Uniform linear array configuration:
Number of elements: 64
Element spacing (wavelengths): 1
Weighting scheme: hamming
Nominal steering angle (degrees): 60
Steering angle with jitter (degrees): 61.097
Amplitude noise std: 0.05
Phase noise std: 0.05

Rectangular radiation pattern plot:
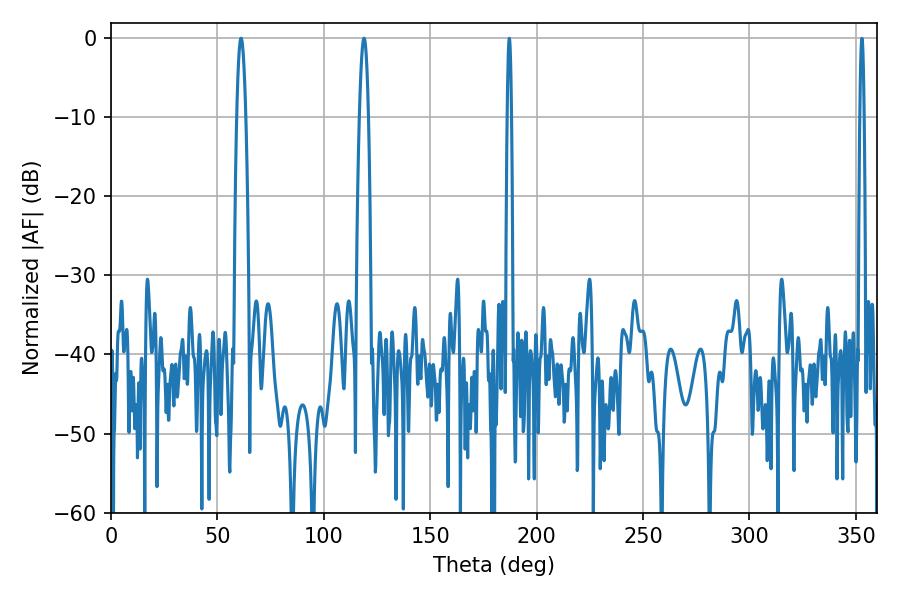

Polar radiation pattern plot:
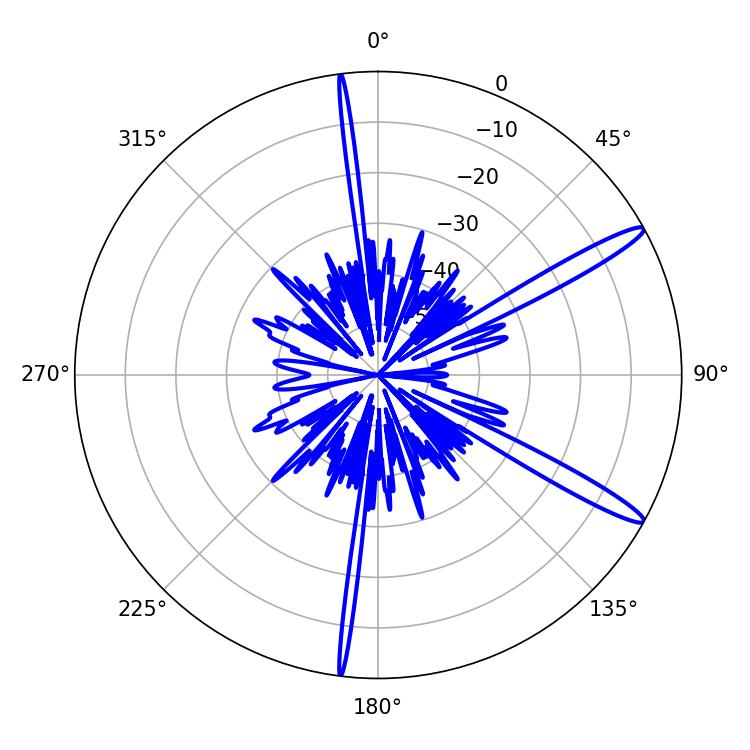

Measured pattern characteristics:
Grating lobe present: TRUE
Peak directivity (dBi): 14.375
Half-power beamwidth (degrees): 2.34
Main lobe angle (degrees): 61.02